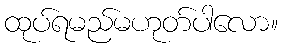
ထုပ်ရမည်မဟုတ်ပါလော။